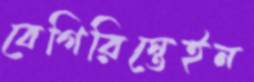
বেগিরিস্তেইন